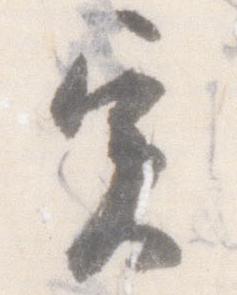
実